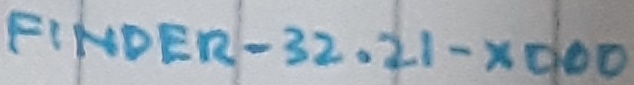
Text: FINDER-32.21-XD00